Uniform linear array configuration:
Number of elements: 32
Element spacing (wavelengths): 0.75
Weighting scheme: kaiser
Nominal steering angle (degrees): -60
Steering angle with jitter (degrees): -61.286
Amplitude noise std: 0.05
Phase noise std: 0.05

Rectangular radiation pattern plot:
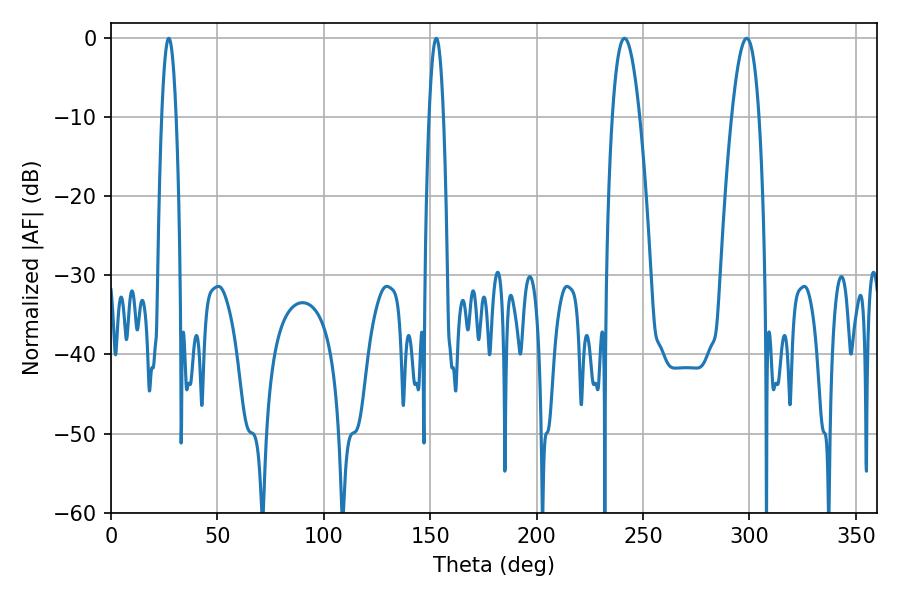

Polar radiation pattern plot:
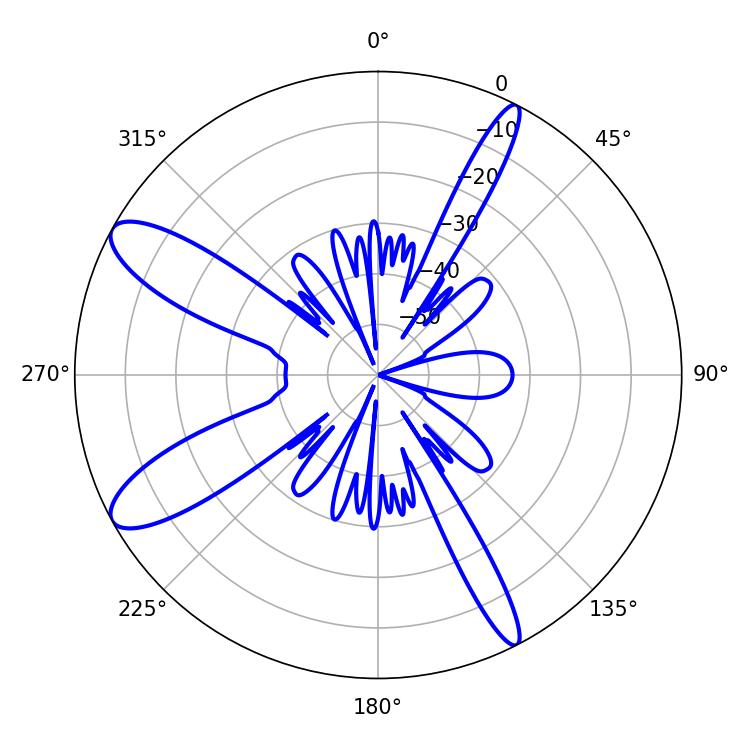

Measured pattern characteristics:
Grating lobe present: TRUE
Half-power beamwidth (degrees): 3.6
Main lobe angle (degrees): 27.18